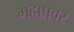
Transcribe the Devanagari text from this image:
महाप्रवर